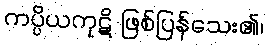
ကပ္ပိယကုဋိ ဖြစ်ပြန်သေး၏၊